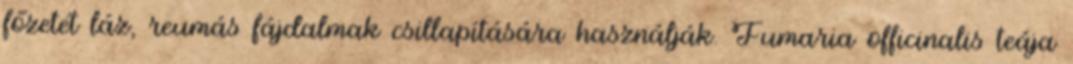
főzetét láz, reumás fájdalmak csillapítására használják. Fumaria officinalis teája